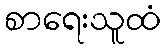
စာရေးသူထံ